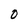
Character: O